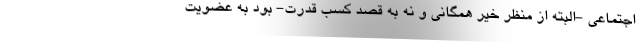
اجتماعی -البته از منظر خیر همگانی و نه به قصد کسب قدرت- بود به عضویت